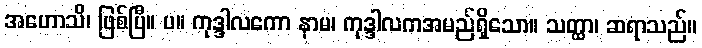
အဟောသိ၊ ဖြစ်ပြီ။ ပ။ ကုဒ္ဒါလကော နာမ၊ ကုဒ္ဒါလကအမည်ရှိသော။ သတ္ထာ၊ ဆရာသည်။